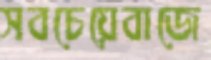
সবচেয়েবাজে